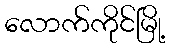
လောက်ကိုင်မြို့